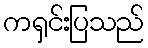
ကရှင်းပြသည်